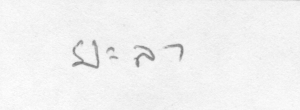
ยะลา